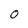
Character: 0